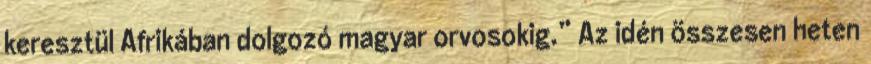
keresztül Afrikában dolgozó magyar orvosokig.” Az idén összesen heten